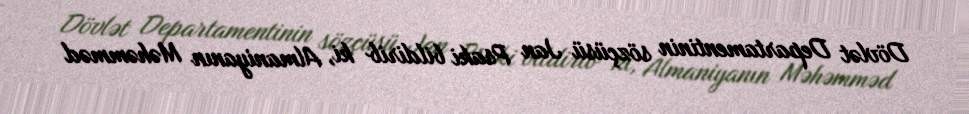
Dövlət Departamentinin sözçüsü Jan Psaki bildirib ki, Almaniyanın Məhəmməd